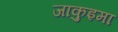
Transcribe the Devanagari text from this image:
जाकुइमा